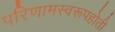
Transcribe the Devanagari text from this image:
परिणामस्वरूपहोती